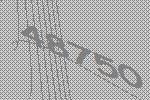
48750